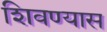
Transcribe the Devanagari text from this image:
शिवण्यास